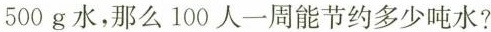
500g水，那么100人一周能节约多少吨水?